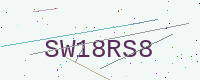
Text: SW18RS8